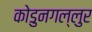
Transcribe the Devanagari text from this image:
कोडुनगल्लुर